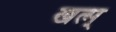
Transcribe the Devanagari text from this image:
खत्म्